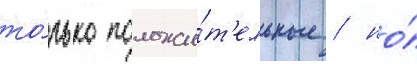
то́лько положи́т'ельные / но́